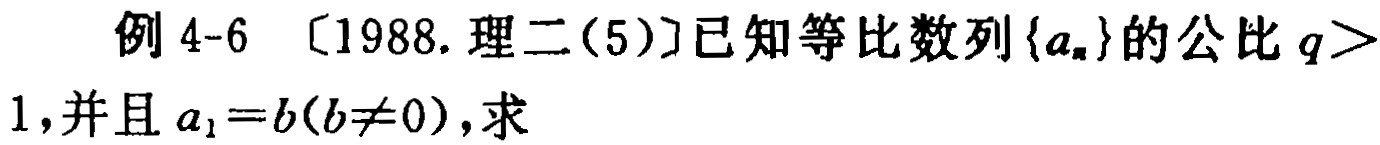
例 4-6 〔1988.理二(5)〕已知等比数列\(\{a_{n}\}\)的公比\(q > 1\),并且\(a_{1}=b(b\neq0)\),求